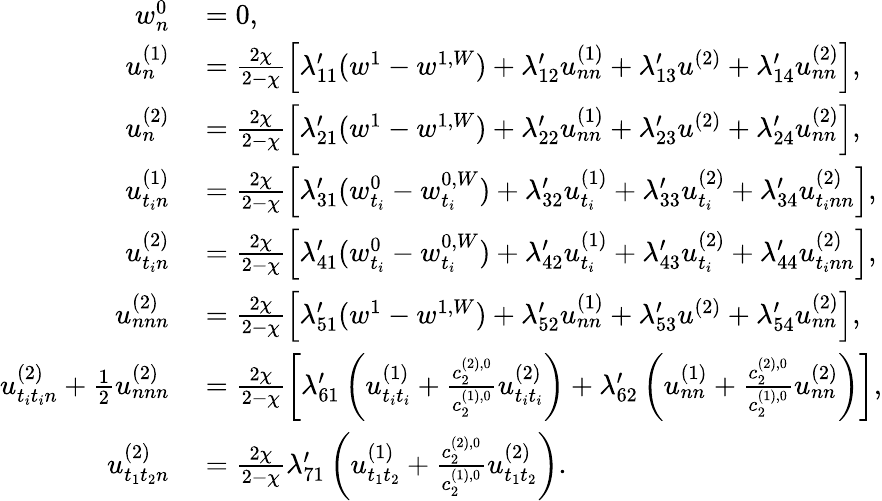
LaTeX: \begin{array}{rl}{w_{n}^{0}}&{{}=0,}\\ {u_{n}^{(1)}}&{{}=\frac{2\chi}{2-\chi}\left[\lambda_{11}^{\prime}(w^{1}-w^{1,W})+\lambda_{12}^{\prime}u_{nn}^{(1)}+\lambda_{13}^{\prime}u^{(2)}+\lambda_{14}^{\prime}u_{nn}^{(2)}\right],}\\ {u_{n}^{(2)}}&{{}=\frac{2\chi}{2-\chi}\left[\lambda_{21}^{\prime}(w^{1}-w^{1,W})+\lambda_{22}^{\prime}u_{nn}^{(1)}+\lambda_{23}^{\prime}u^{(2)}+\lambda_{24}^{\prime}u_{nn}^{(2)}\right],}\\ {u_{t_{i}n}^{(1)}}&{{}=\frac{2\chi}{2-\chi}\left[\lambda_{31}^{\prime}(w_{t_{i}}^{0}-w_{t_{i}}^{0,W})+\lambda_{32}^{\prime}u_{t_{i}}^{(1)}+\lambda_{33}^{\prime}u_{t_{i}}^{(2)}+\lambda_{34}^{\prime}u_{t_{i}nn}^{(2)}\right],}\\ {u_{t_{i}n}^{(2)}}&{{}=\frac{2\chi}{2-\chi}\left[\lambda_{41}^{\prime}(w_{t_{i}}^{0}-w_{t_{i}}^{0,W})+\lambda_{42}^{\prime}u_{t_{i}}^{(1)}+\lambda_{43}^{\prime}u_{t_{i}}^{(2)}+\lambda_{44}^{\prime}u_{t_{i}nn}^{(2)}\right],}\\ {u_{nnn}^{(2)}}&{{}=\frac{2\chi}{2-\chi}\left[\lambda_{51}^{\prime}(w^{1}-w^{1,W})+\lambda_{52}^{\prime}u_{nn}^{(1)}+\lambda_{53}^{\prime}u^{(2)}+\lambda_{54}^{\prime}u_{nn}^{(2)}\right],}\\ {u_{t_{i}t_{i}n}^{(2)}+\frac{1}{2}u_{nnn}^{(2)}}&{{}=\frac{2\chi}{2-\chi}\left[\lambda_{61}^{\prime}\left(u_{t_{i}t_{i}}^{(1)}+\frac{c_{2}^{(2),0}}{c_{2}^{(1),0}}u_{t_{i}t_{i}}^{(2)}\right)+\lambda_{62}^{\prime}\left(u_{nn}^{(1)}+\frac{c_{2}^{(2),0}}{c_{2}^{(1),0}}u_{nn}^{(2)}\right)\right],}\\ {u_{t_{1}t_{2}n}^{(2)}}&{{}=\frac{2\chi}{2-\chi}\lambda_{71}^{\prime}\left(u_{t_{1}t_{2}}^{(1)}+\frac{c_{2}^{(2),0}}{c_{2}^{(1),0}}u_{t_{1}t_{2}}^{(2)}\right).}\end{array}